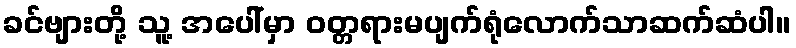
ခင်ဗျားတို့ သူ့ အပေါ်မှာ ဝတ္တရားမပျက်ရုံလောက်သာဆက်ဆံပါ။